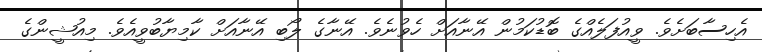
އެހިސާބަށެވެ. ވީއުފަލެއްގެ ބޮޑުކަމުން އޭނާއަށް ހެވުނެވެ. އޭނާގެ ލޯބި އޭނާއަށް ކާމިޔާބުވީއެވެ. މިއުޝީންގެ